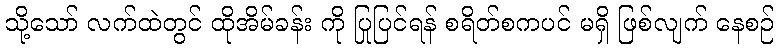
သို့သော် လက်ထဲတွင် ထိုအိမ်ခန်း ကို ပြုပြင်ရန် စရိတ်စကပင် မရှိ ဖြစ်လျက် နေစဉ်